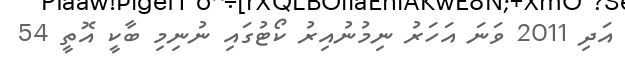
އަދި 2011 ވަނަ އަހަރު ނިމުނުއިރު ކޯޓުގައި ނުނިމި ބާކީ އޮތީ 54